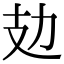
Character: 攰